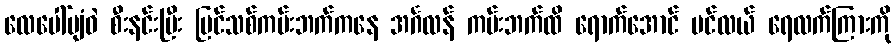
လေပေါ်ပျံဝဲ စီးနင်းပြီး ပြင်သစ်ကမ်းဘက်ကနေ အင်္ဂလန် ကမ်းဘက်ထိ ရောက်အောင် ပင်လယ် ရေလက်ကြားကို